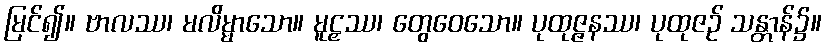
မြင်၍။ ဗာလဿ၊ မလိမ္မာသော။ မူဠှဿ၊ တွေဝေသော။ ပုထုဇ္ဇနဿ၊ ပုထုဇဉ် သန္တာန်၌။